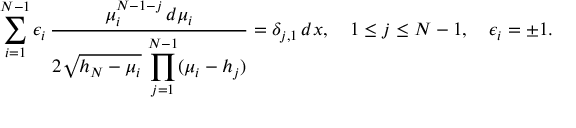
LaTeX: \sum _ { i = 1 } ^ { N - 1 } \epsilon _ { i } \, { \frac { \mu _ { i } ^ { N - 1 - j } \, d \mu _ { i } } { \displaystyle 2 \sqrt { h _ { N } - \mu _ { i } } \, \prod _ { j = 1 } ^ { N - 1 } ( \mu _ { i } - h _ { j } ) } } = \delta _ { j , 1 } \, d x , \quad 1 \leq j \leq N - 1 , \quad \epsilon _ { i } = \pm 1 .